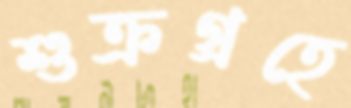
শুক্রগ্রহে